Annual administration report of the Civil Veterinary Department of India - 1897-1898
Year: 1897
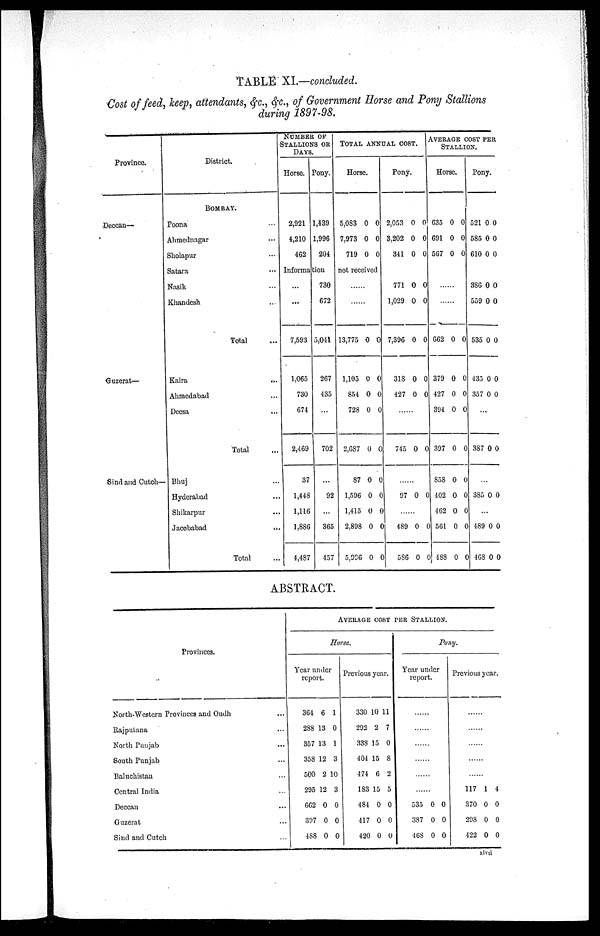
TABLE XI.—concluded.
Cost of feed, keep, attendants, &c., &c., of Government Horse and Pony Stallions
during 1897—98.
Province.
Deccau—
Guzerat—
Sind and Cutch—
District.
BOMBAY.
Poona ...
Ahmednagar ...
Sholapur ...
Satara ...
Nasik ...
Khandesh ...
Total ...
Kaira ...
Ahmedabad ...
Deesa ...
Total ...
Bhuj ...
Hyderabad
Shikarpur ...
Jacobabad ...
Total ...
NUMBER OF
STALLIONS OR
DAYS.
Horse.
2,921
4,210
462
Pony.
1,439
1,996
204
Information
...
...
7,593
1,065
730
674
2,469
37
1,448
1,116
1.886
4,487
730
672
5,041
267
435
...
702
...
92
...
365
457
TOTAL ANNUAL COST.
Horse
5,083
7,973
719
0
0
0
0
0
0
not received
......
......
13,775
1,105
854
728
2,687
87
1,596
1,415
2,898
5,996
0
0
0
0
0
0
0
0
0
0
0
0
0
0
0
0
0
0
0
0
Pony
2,053
3,202
341
0
0
0
0
0
0
771
1,029
7,396
318
427
......
745
......
97
......
489
586
0
0
0
0
0
0
0
0
0
0
0
0
0
0
0
0
0
0
AVERAGE COST PER
STALLION.
Horse
635
691
567
0
0
0
0
0
0
......
......
662
379
427
394
397
858
402
462
561
488
0
0
0
0
0
0
0
0
0
0
0
0
0
0
0
0
0
0
0
0
Pony
521
585
610
0
0
0
0
0
0
386
559
535
435
357
...
387
...
385
...
489
468
0 0
0
0
0
0
0
0
0
0
0
0
0
0
0
0
0
0
ABSTRACT.
Provinces.
North—Western Provinces and Oudh
Rajputana
North Punjab
South Punjab
Baluchistan
Central India
Deccan
Guzerat
Sind and Cutch
...
...
...
...
...
...
...
...
...
AVERAGE COST PER STALLION.
Horse.
Year under
report
364
288
357
358
500
295
662
397
488
6
13
13
12
2
12
0
0
0
1
0
1
3
10
3
0
0
0
Previous year.
330
292
338
401
474
183
484
417
420
10
2
15
15
6
15
0
0
0
11
7
0
8
2
5
0
0
0
Pony.
Year under
report.
......
......
......
......
......
......
535
387
468
0
0
0
0
0
0
Previous year.
......
......
......
......
......
117
370
298
422
1
0
0
0
4
0
0
0
xlvii